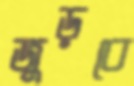
জুড়বে